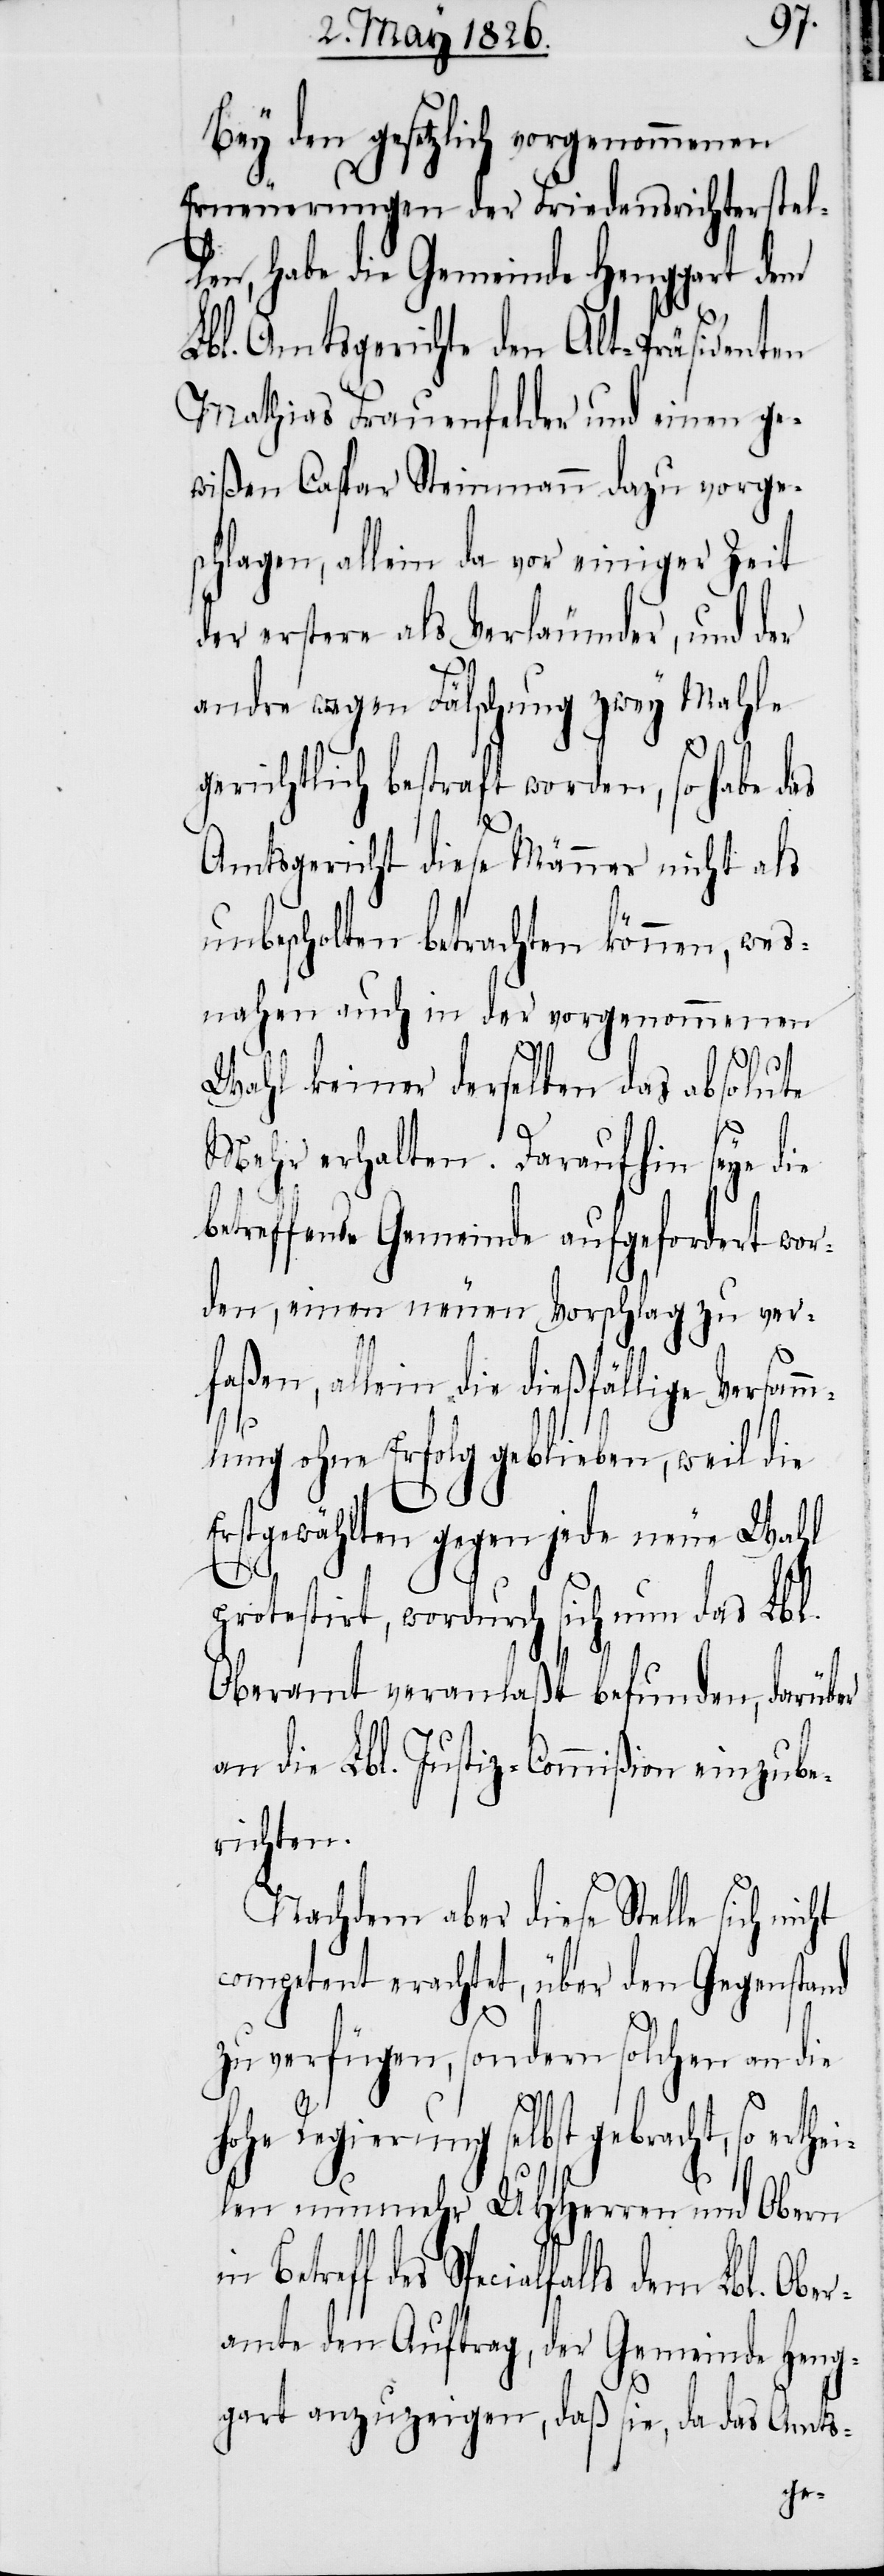
Bey den gesetzlich vorgenommenen
Erneuerungen der Friedensrichterstel¬
len, habe die Gemeinde Henggart dem
Lbl. Amtsgerichte den Alt-Präsidenten
Mathias Frauenfelder und einen ge¬
wißen Caspar Steinmann dazu vorge¬
schlagen, allein da vor einiger Zeit
der erstere als Verläumder, und der
andre wegen Fälschung zwey Mahle
gerichtlich bestraft worden, so habe das
Amtsgericht diese Männer nicht als
unbescholten betrachten können, wes¬
nahen auch in der vorgenommenen
Wahl keiner derselben das absolute
Mehr erhalten. Daraufhin seye die
betreffende Gemeinde aufgefordert wor¬
den, einen neuen Vorschlag zu ver¬
faßen, allein die dießfällige Versamm¬
hei¬
lung ohne Erfolg geblieben, weil die
Erstgewählten gegen jede neue Wahl
protestirt, wodurch sich nun das Lbl.
Oberamt veranlaßt befunden, darüber
an die Lbl. Justiz-Commißion einzube¬
richten.
Nachdem aber diese Stelle sich
competent erachtet, über den Gegenstand
zu verfügen, sondern solchen an die
hohe Regierung selbst gebracht, so ert¬
len nunmehr UHHerren und Obern
des Spezialfalls dem Lbl. Ober¬
amte den Auftrag, der Gemeinde Heng¬
gart anzuzeigen, das sie, da das Amts-